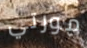
مورتي